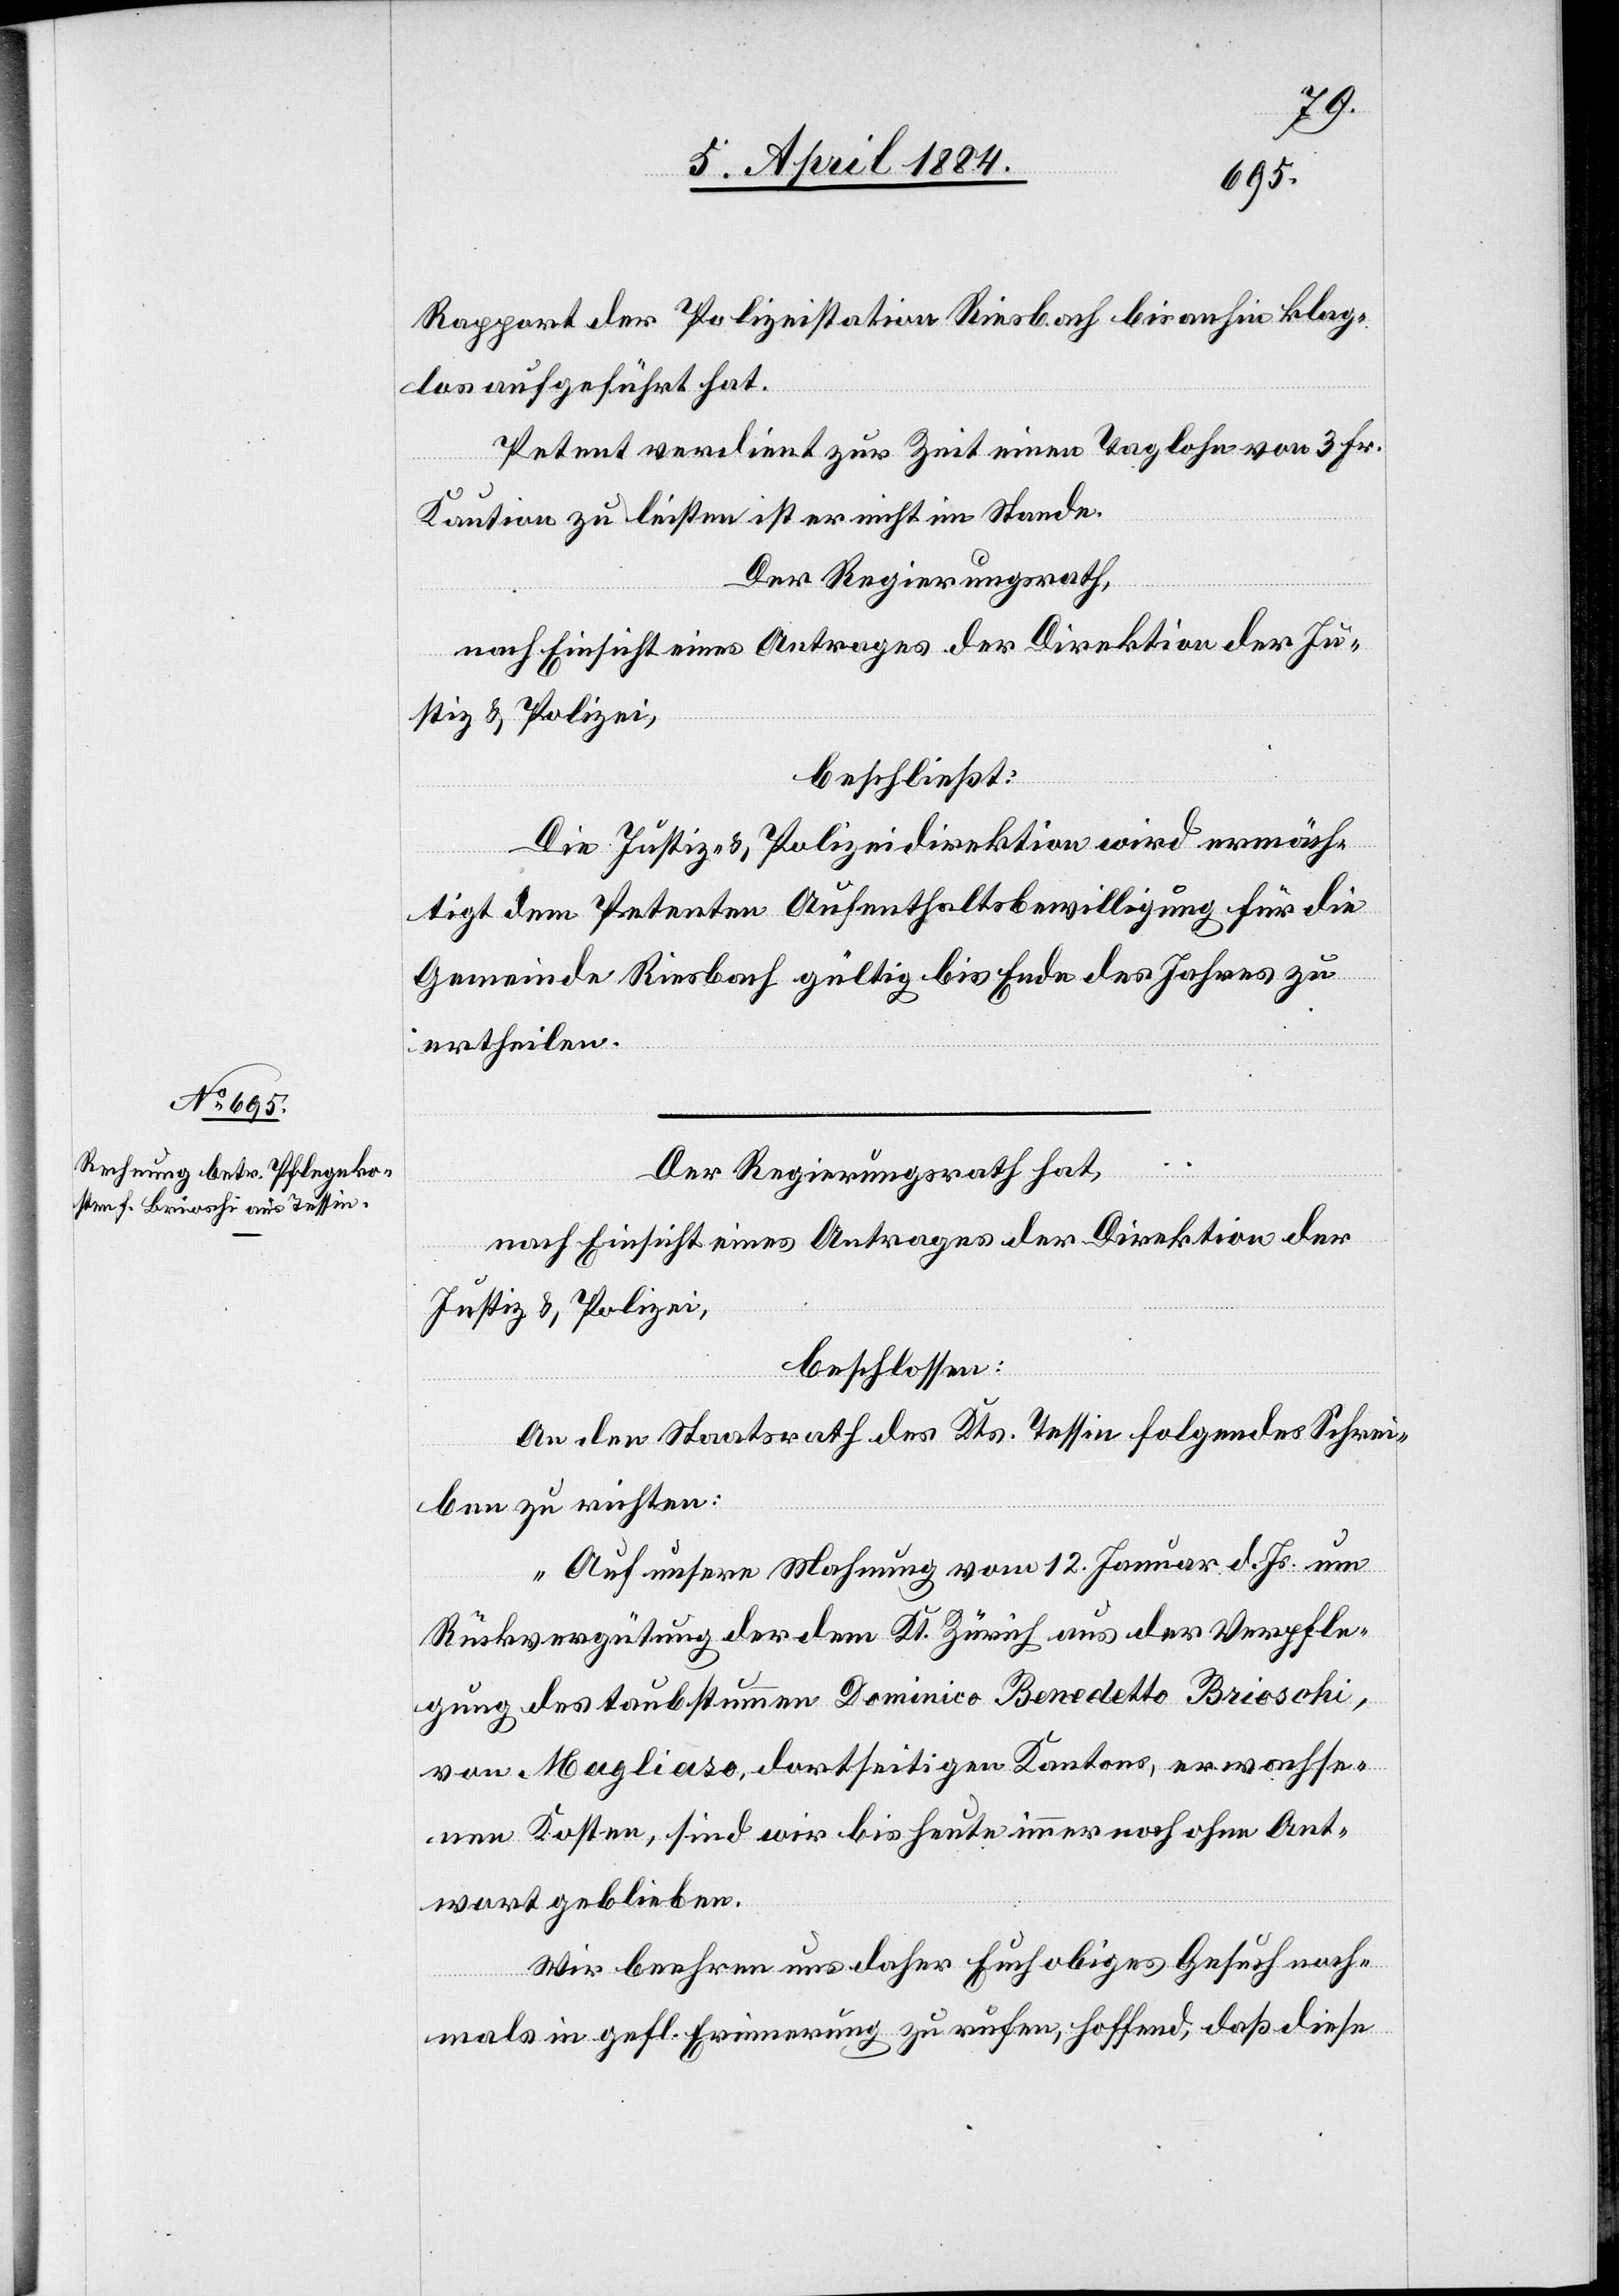
Rapport der Polizeistation Riesbach bis anhin klag¬
los aufgeführt hat.
Petent verdient zur Zeit einen Taglohn von 3 Fr.
Kaution zu leisten ist er nicht im Stande.
Der Regierungsrath,
nach Einsicht eines Antrages der Direktion der Ju¬
stiz & Polizei,
beschließt:
Die Justiz- & Polizeidirektion wird ermäch¬
tigt dem Petenten Aufenthaltsbewilligung für die
Gemeinde Riesbach gültig bis Ende des Jahres zu
ertheilen.
Der Regierungsrath hat,
nach Einsicht eines Antrages der Direktion der
Justiz & Polizei,
beschlossen:
An den Staatsrath des Kts. Tessin folgendes Schrei¬
ben zu richten:
„Auf unsere Mahnung vom 12. Januar d. Js. um
Rückvergütung der dem Kt. Zürich aus der Verpfle¬
gung des taubstummen Dominico Benedetto Brioschi,
von Magliaso, dortseitigen Kantons, erwachse¬
nen Kosten, sind wir bis heute immer noch ohne Ant¬
wort geblieben.
Wir beehren uns daher Euch obiges Gesuch noch¬
mals in gefl. Erinnerung zu rufen, hoffend, daß diese